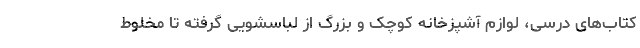
کتاب‌های درسی، لوازم آشپزخانه کوچک و بزرگ از لباسشویی گرفته تا مخلوط